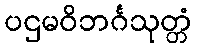
ပဌမဝိဘင်္ဂသုတ္တံ